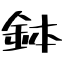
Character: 鉢